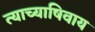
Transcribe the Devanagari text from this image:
त्याच्याषिवाय